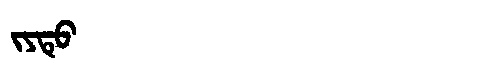
Manchu: ᠵᠶᡨᡠ
Romanization: JYTU